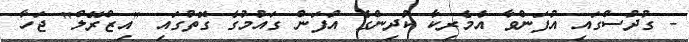
- ގުދުސްގައި އުފަންވާ އެމެރިކާ ކުދިންގެ އުފަން ގައުމުގެ ގޮތުގައި "އިޒްރޭލް" ޖަހާ